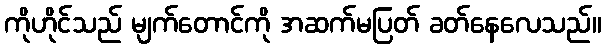
ကိုဟိုင်သည် မျက်တောင်ကို အဆက်မပြတ် ခတ်နေလေသည်။